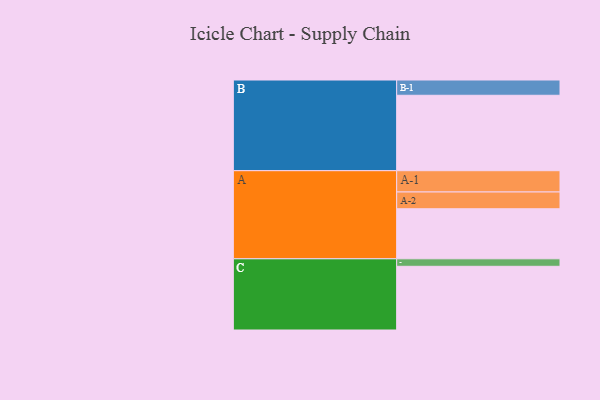
{"axis": {"x": "Segment", "y": "Value"}, "legend": ["", "A", "B", "C"], "data": [{"x": "A", "y": 367, "type": ""}, {"x": "B", "y": 553, "type": ""}, {"x": "C", "y": 467, "type": ""}, {"x": "A-1", "y": 156, "type": "A"}, {"x": "A-2", "y": 123, "type": "A"}, {"x": "B-1", "y": 112, "type": "B"}, {"x": "C-1", "y": 55, "type": "C"}]}